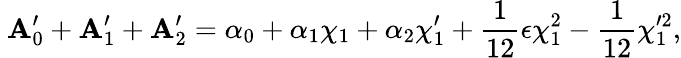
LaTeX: ~\mathbf{A}_{0}^{\prime}+\mathbf{A}_{1}^{\prime}+\mathbf{A}_{2}^{\prime}=\alpha_{0}+\alpha_{1}\chi_{1}+\alpha_{2}\chi_{1}^{\prime}+\frac{{1}}{{12}}\epsilon\chi_{1}^{2}-\frac{{1}}{{12}}\chi_{1}^{\prime2},